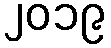
၂၀၁၉